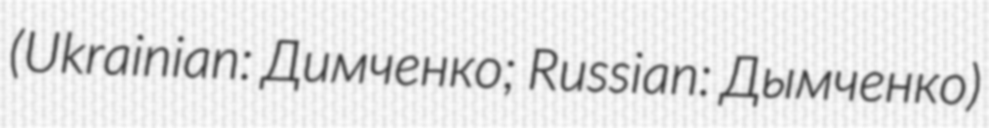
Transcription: (Ukrainian: Димченко; Russian: Дымченко)